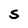
Character: S